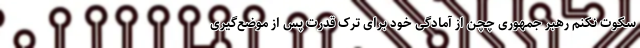
سکوت نکنم رهبر جمهوری چچن از آمادگی خود برای ترک قدرت پس از موضع‌گیری